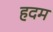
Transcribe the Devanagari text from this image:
हदम